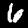
Label: 6